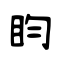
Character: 盷